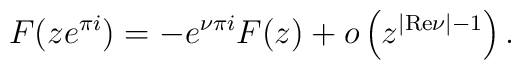
F(ze^{\pi i})=-e^{\nu \pi i}F(z)+o\left( z^{|{\mathrm{Re}}\nu |-1}\right) .